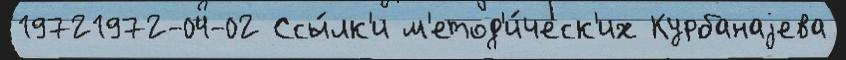
19721972-04-02 Ссы́лк'и м'етод'и́ческ'их Курбанаjева